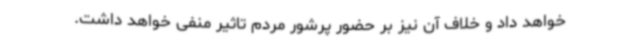
خواهد داد و خلاف آن نیز بر حضور پرشور مردم تاثیر منفی خواهد داشت.